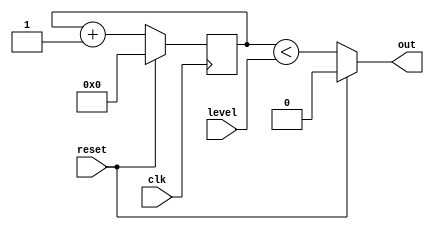
`default_nettype none
`timescale 1ns/1ns
module pwm #(
    parameter WIDTH = 8,
    parameter INVERT = 0
    ) (
    input wire clk,
    input wire reset,
    output wire out,
    input wire [WIDTH-1:0] level
    );

    reg [WIDTH-1:0] count;
    wire pwm_on = count < level;

    always @(posedge clk) begin
        if(reset)
            count <= 1'b0;
        else
            count <= count + 1'b1;
    end

    assign out = reset ? 1'b0:
        INVERT == 1'b0 ? pwm_on : ! pwm_on;

endmodule